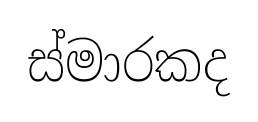
ස්මාරකද